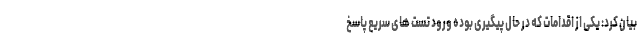
بیان کرد: یکی از اقدامات که در حال پیگیری بوده ورود تست های سریع پاسخ